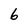
Character: 6